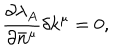
LaTeX: { } \frac { \partial \lambda _ { A } } { \partial \bar { n } ^ { \mu } } \delta k ^ { \mu } = 0 ,